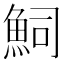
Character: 𮫴